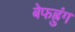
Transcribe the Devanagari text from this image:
बेफह्रुंग